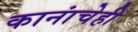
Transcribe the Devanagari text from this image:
कानांचेही